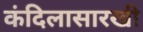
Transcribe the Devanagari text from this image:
कंदिलासारखी